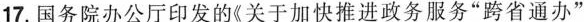
17.国务院办公厅印发的《关于加快推进政务服务”跨省通办”